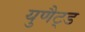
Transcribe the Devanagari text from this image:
युणैट्ड